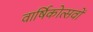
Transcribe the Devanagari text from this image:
वार्षिकोत्सवों